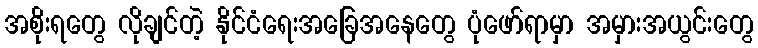
အစိုးရတွေ လိုချင်တဲ့ နိုင်ငံရေးအခြေအနေတွေ ပုံဖော်ရာမှာ အမှားအယွင်းတွေ